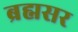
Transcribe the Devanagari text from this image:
ब्रह्मसर